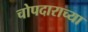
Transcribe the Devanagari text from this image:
चोपदाराच्या